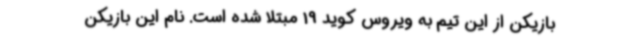
بازیکن از این تیم به ویروس کوید 19 مبتلا شده است. نام این بازیکن